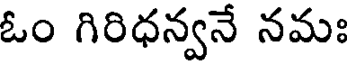
ఓం గిరిధన్వనే నమః